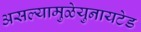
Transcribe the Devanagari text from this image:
असल्यामुळेयुनायटेड